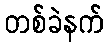
တစ်ခဲနက်